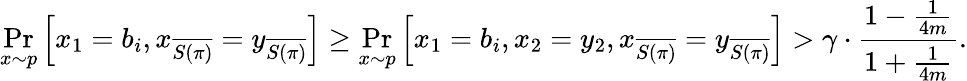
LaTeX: \operatorname*{Pr}_{x\sim p}\left[x_{1}=b_{i},x_{\overline{{S(\pi)}}}=y_{\overline{{S(\pi)}}}\right]\ge\operatorname*{Pr}_{x\sim p}\left[x_{1}=b_{i},x_{2}=y_{2},x_{\overline{{S(\pi)}}}=y_{\overline{{S(\pi)}}}\right]>\gamma\cdot\frac{1-\frac{1}{4m}}{1+\frac{1}{4m}}.